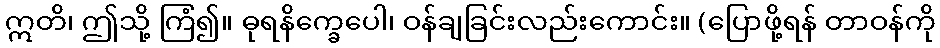
ဣတိ၊ ဤသို့ ကြံ၍။ ဓုရနိက္ခေပေါ၊ ဝန်ချခြင်းလည်းကောင်း။ (ပြောဖို့ရန် တာဝန်ကို